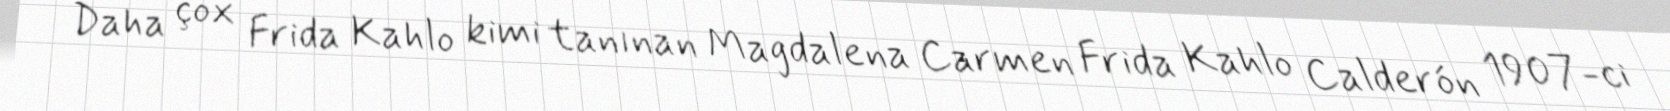
Daha çox Frida Kahlo kimi tanınan Magdalena Carmen Frida Kahlo Calderón 1907-ci